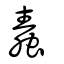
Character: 蠢